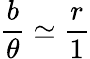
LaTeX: {\frac{b}{\theta}}\simeq{\frac{r}{1}}